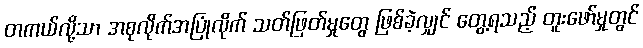
တကယ်လို့သာ အစုလိုက်အပြုံလိုက် သတ်ဖြတ်မှုတွေ ဖြစ်ခဲ့လျှင် တွေ့ရသည့် တူးဖော်မှုတွင်